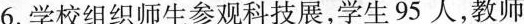
6.学校组织师生参观科技展，学生95人，教师